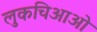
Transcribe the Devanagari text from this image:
लुकचिआओ